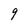
Character: 9